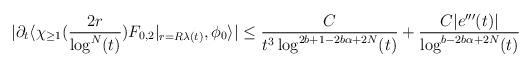
LaTeX: \begin{align*} |\partial_{t}\langle \chi_{\geq 1}(\frac{2r}{\log^{N}(t)}) F_{0,2}\vert_{r=R\lambda(t)},\phi_{0}\rangle| \leq \frac{C}{t^{3} \log^{2b+1-2b\alpha +2N}(t)} + \frac{C |e'''(t)|}{\log^{b-2b\alpha+2N}(t)}\end{align*}